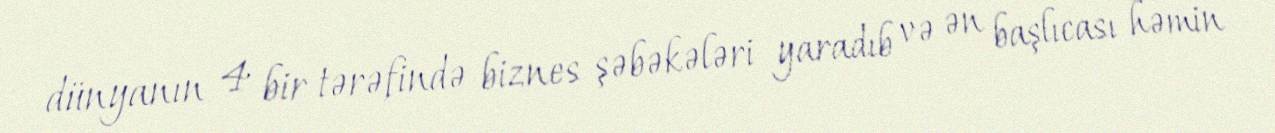
dünyanın 4 bir tərəfində biznes şəbəkələri yaradıb və ən başlıcası həmin